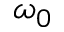
\omega _ { 0 }